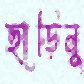
ছাড়িনু